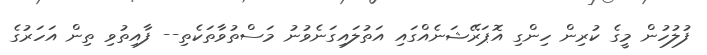
ފުލުހުން މީގެ ކުރިން ހިންގި އޮޕަރޭޝަނެއްގައި އަތުލައިގަނެވުނު މަސްތުވާތަކެތި-- ފާއިތުވި ތިން އަހަރުގެ